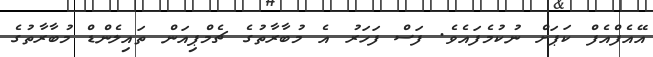
އޭއެފްއެފް ކަޕަށް ނުކުމެފައެވެ. ފަސް ފަހަރު އެ މުބާރާތުގެ ޗެމްޕިއަން ތައިލެންޑް މުބާރާތުގެ